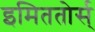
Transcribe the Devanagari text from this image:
इमिततोर्स्